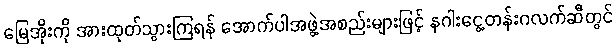
မြေအိုးကို အားထုတ်သွားကြရန် အောက်ပါအဖွဲ့အစည်းများဖြင့် နဂါးငွေ့တန်းဂလက်ဆီတွင်